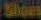
Shows